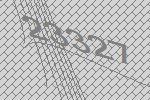
23327